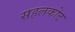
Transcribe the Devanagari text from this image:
सहलकोट